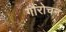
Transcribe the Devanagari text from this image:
गौरोचन